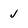
Character: J